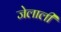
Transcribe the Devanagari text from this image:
जेलाली